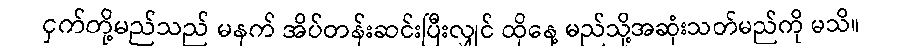
ငှက်တို့မည်သည် မနက် အိပ်တန်းဆင်းပြီးလျှင် ထိုနေ့ မည်သို့အဆုံးသတ်မည်ကို မသိ။